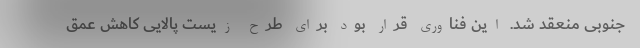
جنوبی منعقد شد. این فناوری قرار بود برای طرح زیست پالایی کاهش عمق